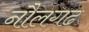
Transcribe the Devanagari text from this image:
नौलगढ